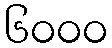
၆၀၀၀